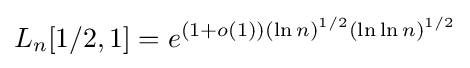
L_{n}[1/2,1]=e^{(1+o(1))(\ln n)^{1/2}(\ln \ln n)^{1/2}}